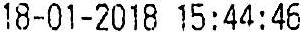
18-01-2018 15:44:46